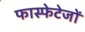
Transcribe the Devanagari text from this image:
फास्फेटेजों